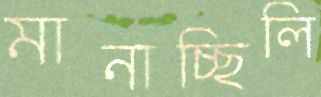
মানাচ্ছিলি